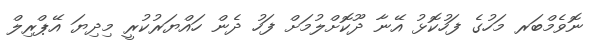
ނޮވެމްބަރ މަހުގެ ފަހުކޮޅު އޭނާ ދޫކޮށްލުމަށް ފަހު ދެން ހައްޔަރުކުރީ މިދިޔަ އޭޕްރިލް